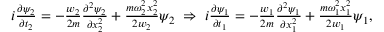
\begin{array} { r } { i \frac { \partial \psi _ { 2 } } { \partial t _ { 2 } } = - \frac { w _ { 2 } } { 2 m } \frac { \partial ^ { 2 } \psi _ { 2 } } { \partial x _ { 2 } ^ { 2 } } + \frac { m \omega _ { 2 } ^ { 2 } x _ { 2 } ^ { 2 } } { 2 w _ { 2 } } \psi _ { 2 } \; \Rightarrow \; i \frac { \partial \psi _ { 1 } } { \partial t _ { 1 } } = - \frac { w _ { 1 } } { 2 m } \frac { \partial ^ { 2 } \psi _ { 1 } } { \partial x _ { 1 } ^ { 2 } } + \frac { m \omega _ { 1 } ^ { 2 } x _ { 1 } ^ { 2 } } { 2 w _ { 1 } } \psi _ { 1 } , } \end{array}